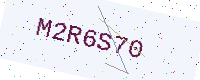
Text: M2R6S70